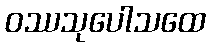
ဝဿသုပေါသထေ